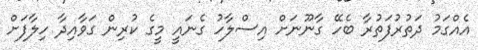
އެއްގަމު ދަތުރުފަތުރާ ބެހޭ ގާނޫނަށް އިސްލާހު ގެނައީ މީގެ ކުރިން ގަވާއިދާ ހިލާފަށް